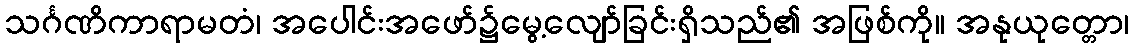
သင်္ဂဏိကာရာမတံ၊ အပေါင်းအဖော်၌မွေ့လျော်ခြင်းရှိသည်၏ အဖြစ်ကို။ အနုယုတ္တော၊